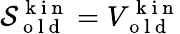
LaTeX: \mathcal{S}_{\mathrm{~o~l~d~}}^{\mathrm{~k~i~n~}}=V_{\mathrm{~o~l~d~}}^{\mathrm{~k~i~n~}}